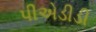
પીએડીડી